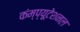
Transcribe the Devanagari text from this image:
कंम्‍प्‍यूटेशनल